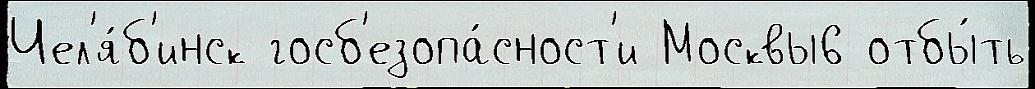
Чел'я́б'инск госб'езопа́сност'и Москвы6 отбы́ть